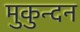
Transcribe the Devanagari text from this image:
मुकुन्दन